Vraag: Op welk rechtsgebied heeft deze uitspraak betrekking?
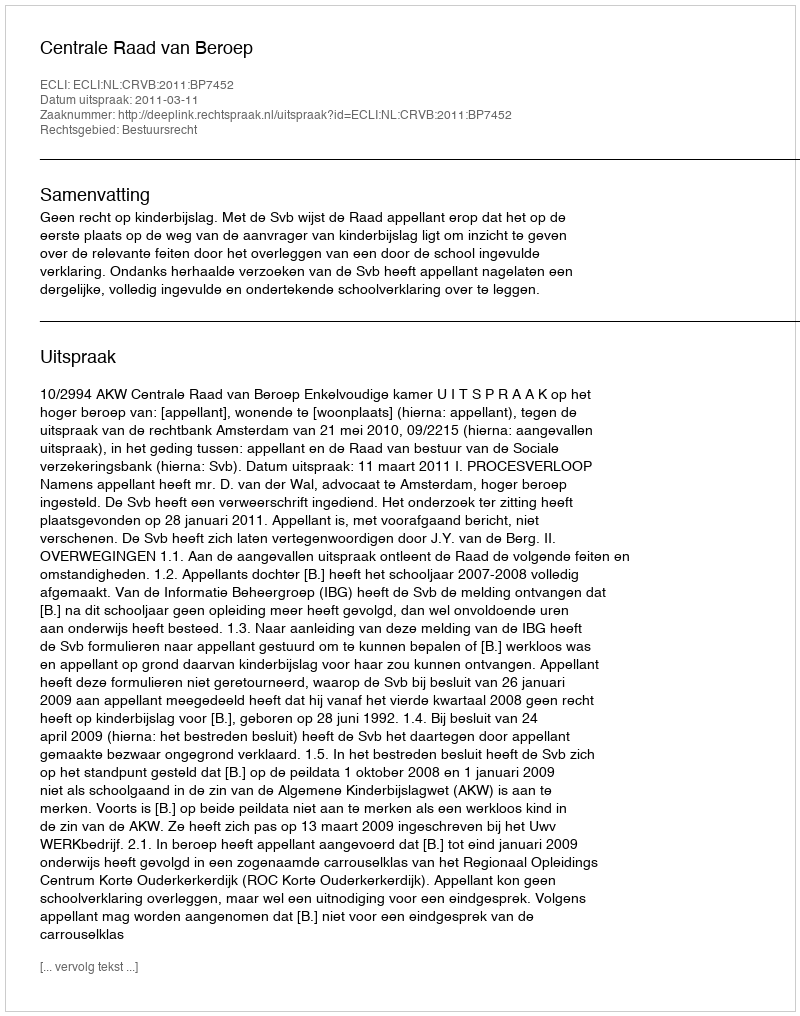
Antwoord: Bestuursrecht